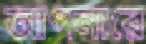
আপনারে